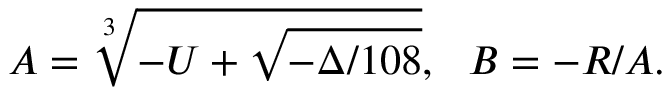
A = \sqrt [ 3 ] { - U + \sqrt { - \Delta / 1 0 8 } } , ~ ~ B = - R / A .